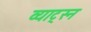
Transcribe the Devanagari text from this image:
व्याट्स्न